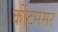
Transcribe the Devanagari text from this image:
कोटमसर